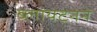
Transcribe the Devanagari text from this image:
ब्लायटनने